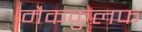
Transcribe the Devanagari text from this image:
मैककुलफ